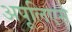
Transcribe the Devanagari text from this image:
अपूलिएसे